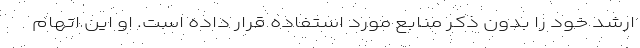
ارشد خود را بدون ذکر منابع مورد استفاده قرار داده است. او این اتهام